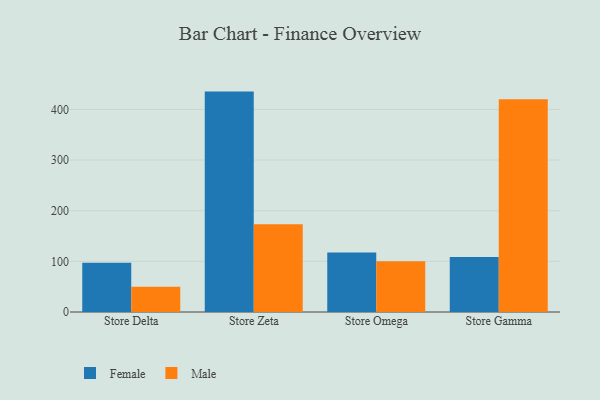
{"axis": {"x": "Store", "y": "Satisfaction Score"}, "legend": ["Female", "Male"], "data": [{"x": "Store Delta", "y": 97.1, "type": "Female"}, {"x": "Store Delta", "y": 50.1, "type": "Male"}, {"x": "Store Zeta", "y": 435.2, "type": "Female"}, {"x": "Store Zeta", "y": 173.4, "type": "Male"}, {"x": "Store Omega", "y": 117.7, "type": "Female"}, {"x": "Store Omega", "y": 100.1, "type": "Male"}, {"x": "Store Gamma", "y": 108.8, "type": "Female"}, {"x": "Store Gamma", "y": 420.1, "type": "Male"}]}